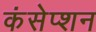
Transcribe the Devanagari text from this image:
कंसेप्शन